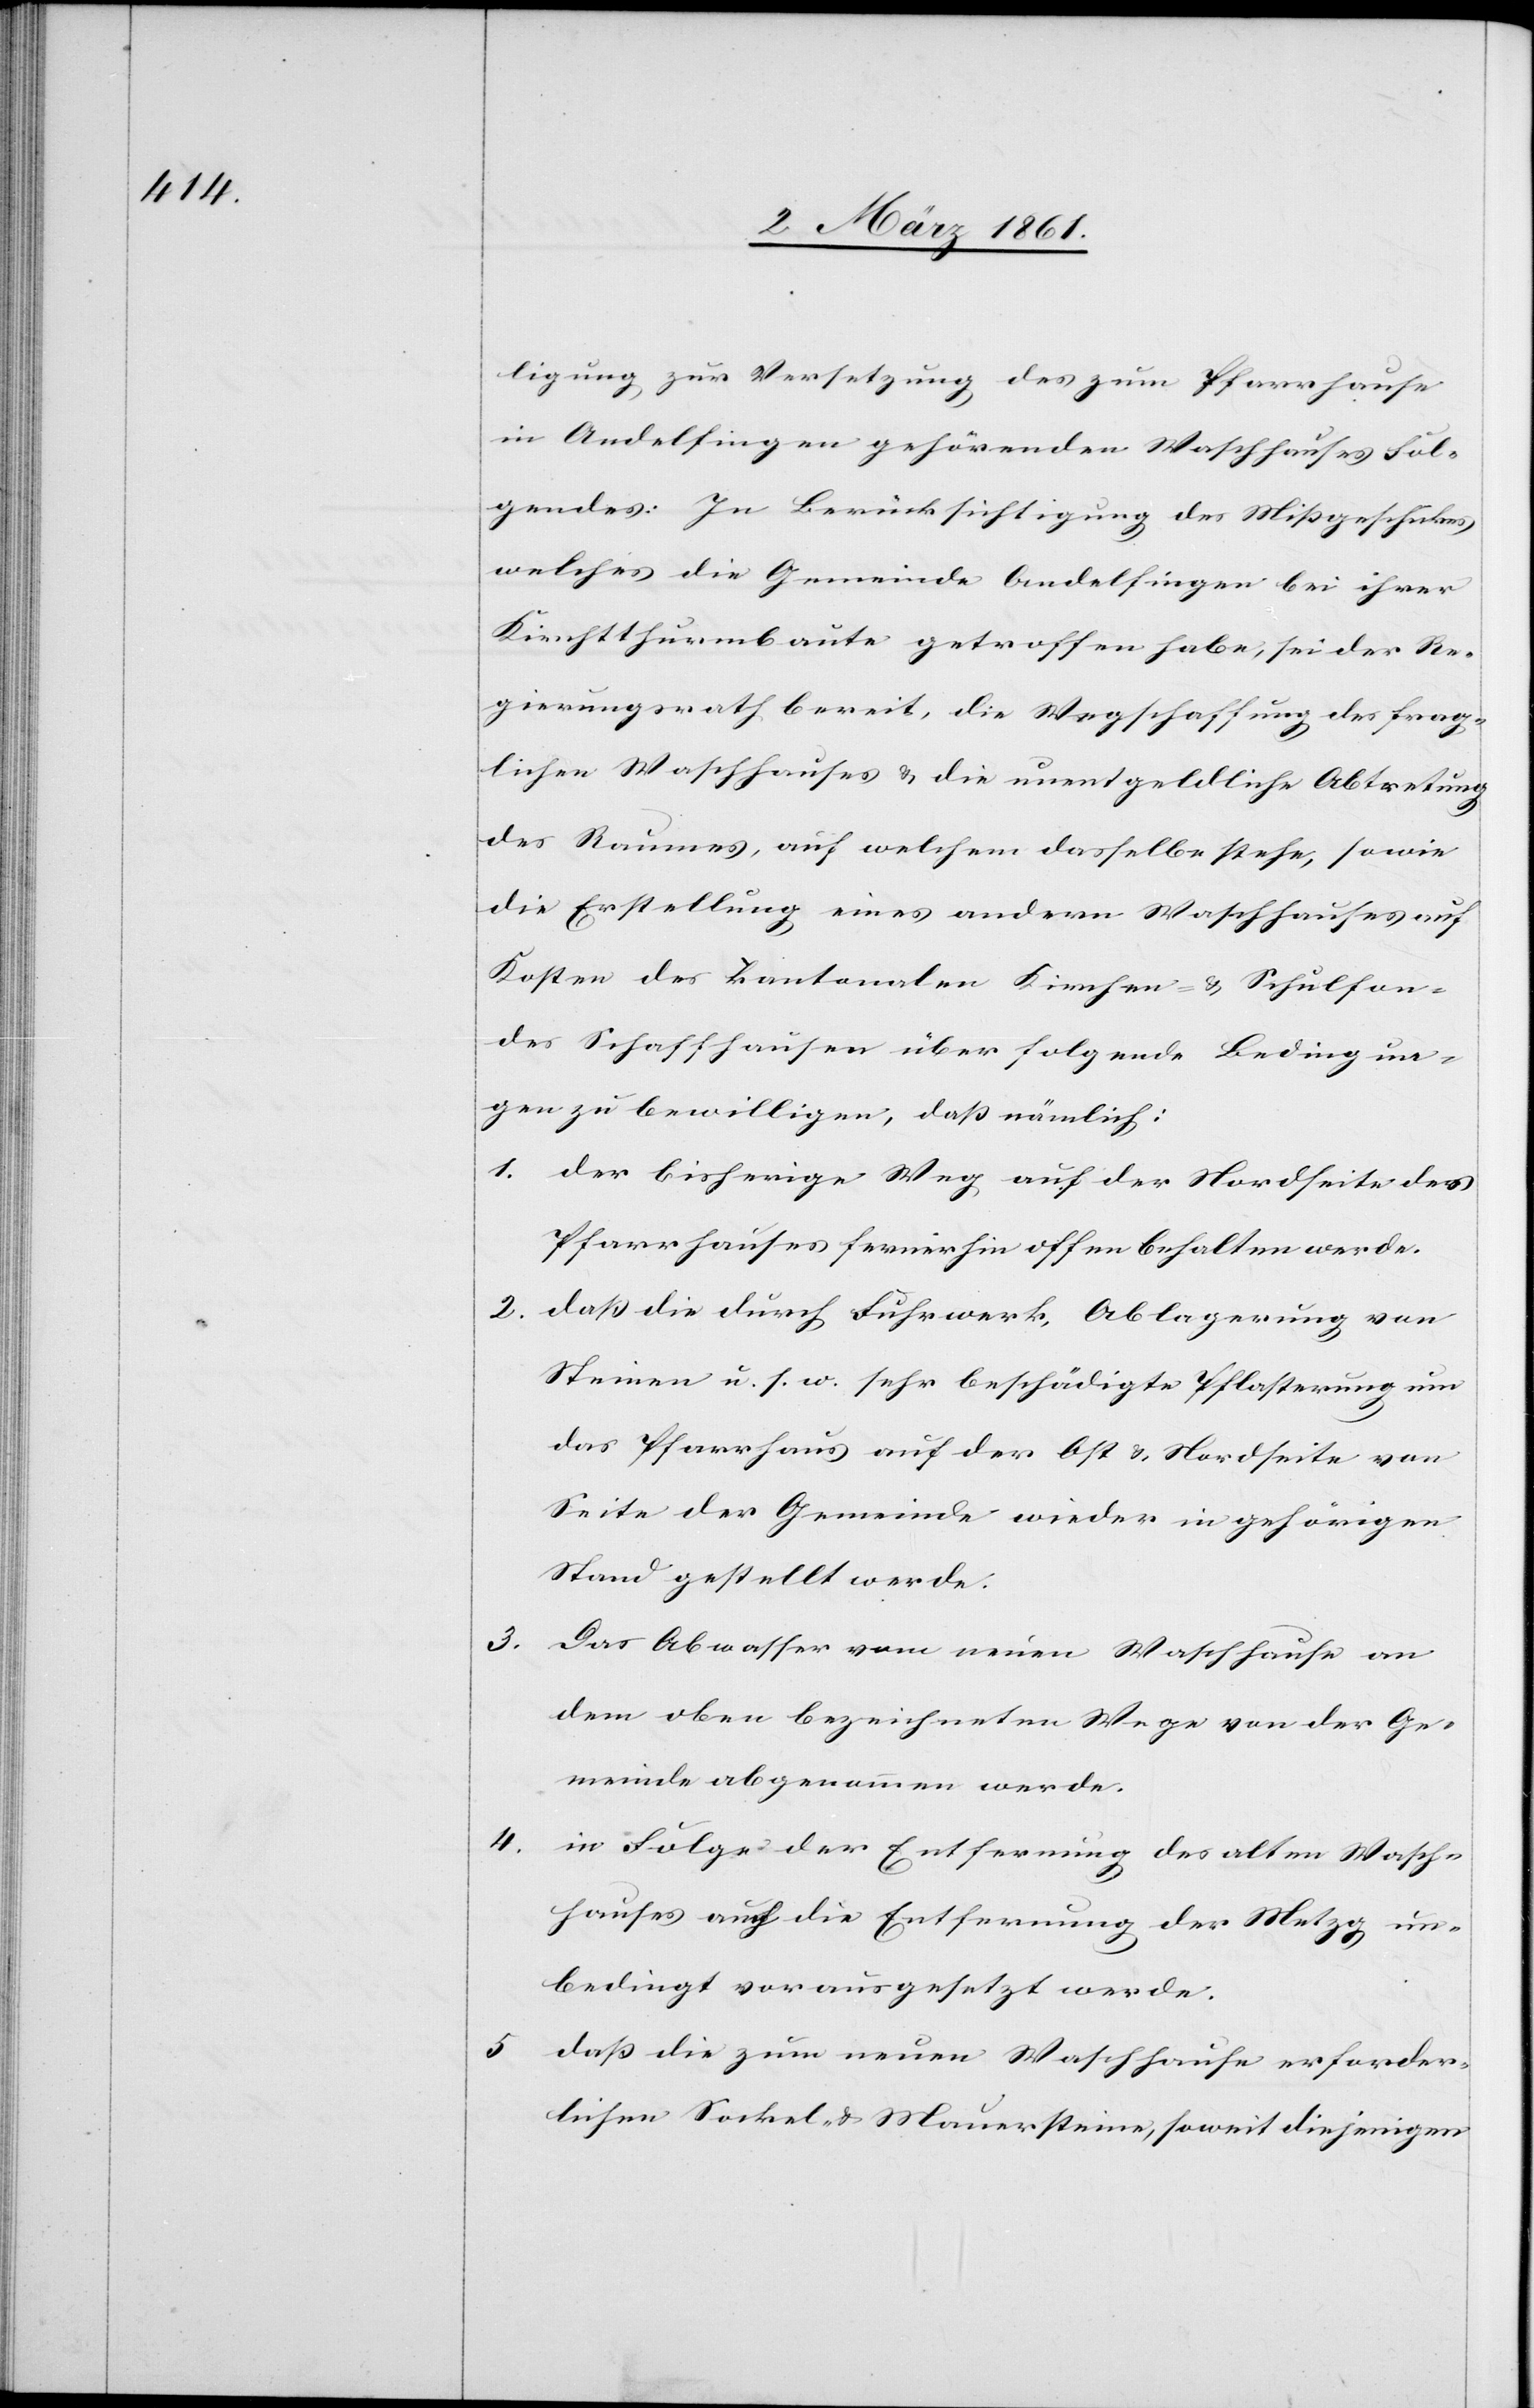
5.

ligung zur Versetzung des zum Pfarrhause
in Andelfingen gehörenden Waschhauses Fol¬
gendes: In Berücksichtigung des Missgeschickes
welches die Gemeinde Andelfingen bei ihrer
Kirchthurmbaute getroffen habe, sei der Re¬
gierungsrath bereit, die Wegschaffung des frag¬
lichen Waschhauses u. die unentgeldliche Abtretung
des Raumes, auf welchem dasselbe stehe, sowie
die Erstellung eines andern Waschhauses auf
Kosten des kantonalen Kirchen- u. Schulfon¬
des Schaffhausen über folgende Bedingun¬
gen zu bewilligen, dass nämlich:
1. der bisherige Weg auf der Nordseite des
Pfarrhauses fernerhin offen behalten werde.
2. dass die durch Fuhrwerk, Ablagerung von
Steinen u. s. w. sehr beschädigte Pflasterung um
das Pfarrhaus auf der Ost[-] u. Nordseite von
Seite der Gemeinde wieder in gehörigen
Stand gestellt werde.
3.
Das Abwasser vom neuen Waschhause an
dem oben bezeichneten Wege von der Ge¬
meinde abgenommen werde.
4. in Folge der Entfernung des alten Wasch¬
hauses auch die Entfernung der Metzg un¬
bedingt vorausgesetzt werde.
dass die zum neuen Waschhause erforder¬
lichen Sockel- u. Mauersteine, soweit diejenigen